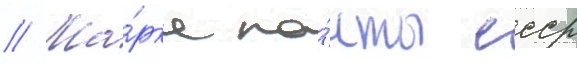
// Ма́рка по́чты ссср